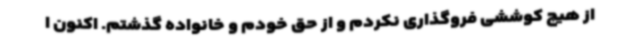
از هیچ کوششی فروگذاری نکردم و از حق خودم و خانواده گذشتم. اکنون ا